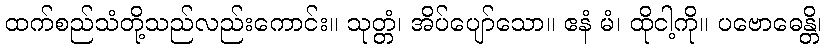
ထက်စည်သံတို့သည်လည်းကောင်း။ သုတ္တံ၊ အိပ်ပျော်သော။ ဧနံ မံ၊ ထိုငါ့ကို။ ပဗောဓေန္တိ၊